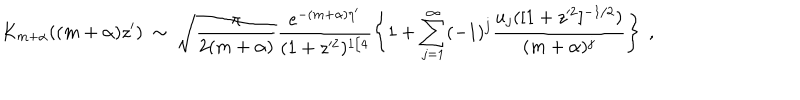
LaTeX: K _ { m + \alpha } ( ( m + \alpha ) z ^ { \prime } ) \ \sim \ \sqrt { \frac { \pi } { 2 ( m + \alpha ) } } \frac { e ^ { - ( m + \alpha ) \eta ^ { \prime } } } { ( 1 + z ^ { 2 } ) ^ { 1 / 4 } } \left\{ 1 + \sum _ { j = 1 } ^ { \infty } ( - 1 ) ^ { j } \frac { u _ { j } ( [ 1 + z ^ { 2 } ] ^ { - 1 / 2 } ) } { ( m + \alpha ) ^ { j } } \right\} \ ,